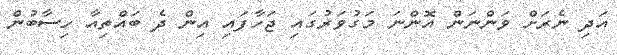
އަދި ނެރަށް ވަންނަން އޮންނަ މަގުވަރުގައި ޖަހާފައި އިން ދެ ބައްތިއާ ހިސާބުން